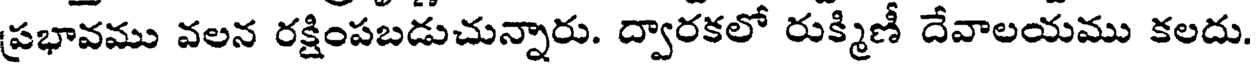
ప్రభావము వలన రక్షింపబడుచున్నారు. ద్వారకలో రుక్మిణీ దేవాలయము కలదు